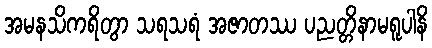
အမနသိကရိတွာ သရသရံ အဇာတဿ ပညတ္တိနာမရူပါနိ